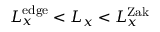
L _ { x } ^ { \mathrm { e d g e } } < L _ { x } < L _ { x } ^ { \mathrm { Z a k } }